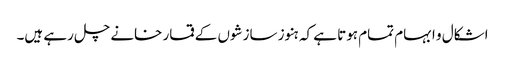
اشکال و ابہام تمام ہوتا ہے کہ ہنوز سازشوں کے قمار خانے چل رہے ہیں۔